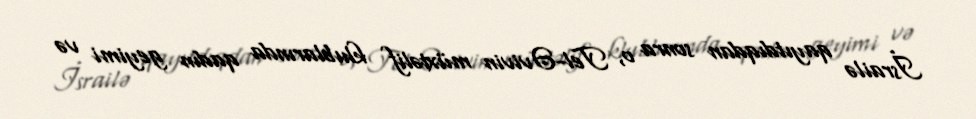
İsrailə qayıtdıqdan sonra o, Tel-Əvivin müxtəlif klublarında qadın geyimi və